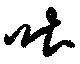
吐